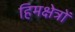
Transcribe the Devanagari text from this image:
हिमक्षेत्रों